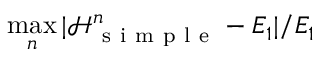
\operatorname* { m a x } _ { n } | \mathcal H _ { \mathrm { ~ s ~ i ~ m ~ p ~ l ~ e ~ } } ^ { n } - E _ { 1 } | / E _ { 1 }